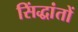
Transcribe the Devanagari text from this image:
सिंद्धांतों